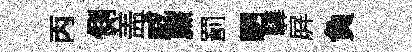
丙側盖威㢘罰駟驊屛負